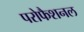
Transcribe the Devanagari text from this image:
परोफैशनल